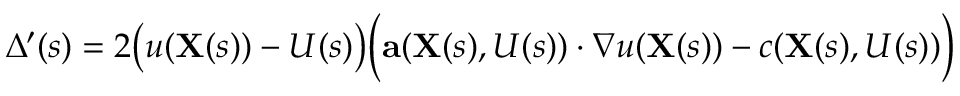
\Delta ^ { \prime } ( s ) = 2 { \big ( } u ( \mathbf { X } ( s ) ) - U ( s ) { \big ) } { \Big ( } \mathbf { a } ( \mathbf { X } ( s ) , U ( s ) ) \cdot \nabla u ( \mathbf { X } ( s ) ) - c ( \mathbf { X } ( s ) , U ( s ) ) { \Big ) }